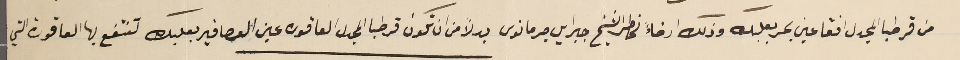
من قرطبا المجدل افقا عين بحر بعلبك وذلك ارضاءً لخاطر الشيخ جبرايل جرمانوس بدلاً من ان تكون قرطبا المجدل العاقورة عين العصافير بعلبك تنتفع بها العاقورة التي